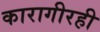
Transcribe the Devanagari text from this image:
कारागीरही